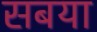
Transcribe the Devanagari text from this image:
सबया